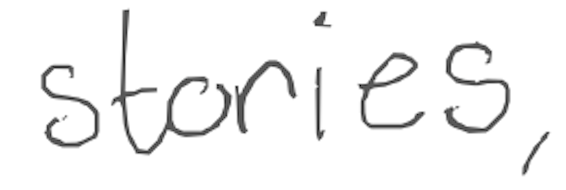
Text: stories,
Cross-out: clean
Writing tool: digital_gray